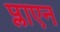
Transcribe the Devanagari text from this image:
प्लाएन